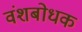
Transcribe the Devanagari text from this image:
वंशबोधक